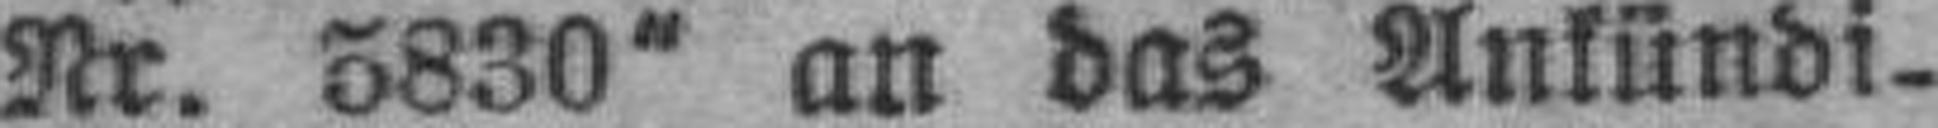
Nr. 5830“ an das Ankündi¬